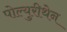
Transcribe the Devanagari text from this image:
पोल्युरीथेन